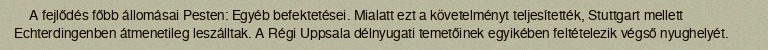
A fejlődés főbb állomásai Pesten: Egyéb befektetései. Mialatt ezt a követelményt teljesítették, Stuttgart mellett Echterdingenben átmenetileg leszálltak. A Régi Uppsala délnyugati temetőinek egyikében feltételezik végső nyughelyét.